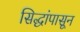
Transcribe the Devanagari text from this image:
सिद्धांपासून